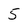
Character: 5